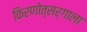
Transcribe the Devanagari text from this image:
किरणोत्सर्गाला